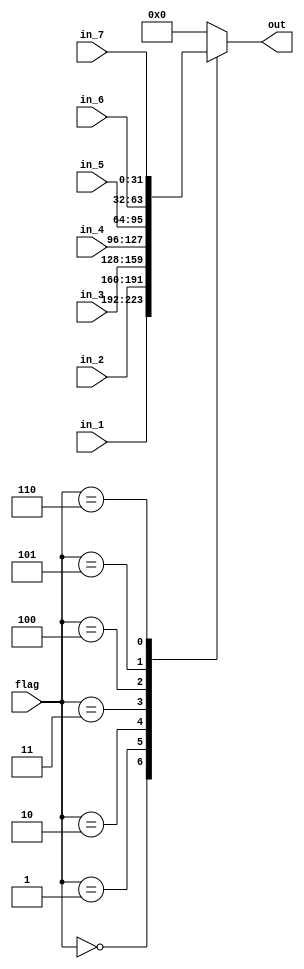
module mux_7(in_1, in_2, in_3, in_4, in_5, in_6, in_7, out, flag);
	
	input [31:0] in_1, in_2, in_3, in_4, in_5, in_6, in_7;
	input [2:0] flag;  
	
	output reg [31:0] out;
	
	always @ (*)
	begin
		case(flag)
			0: out = in_1;
			1: out = in_2;
			2: out = in_3;
			3: out = in_4;
			4: out = in_5;
			5: out = in_6;
			6: out = in_7;
			default: out = 0;
		endcase
	end
	
endmodule